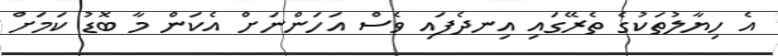
އެ ހިޔާލުތަކުގެ ތެރޭގައި އިނދެފައި ވެސް އަހަންނަށް އެކަން މާ ބޮޑު ކަމަށް